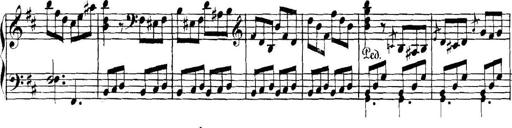
Title: Collected Piano Sonatas
Composer: Muzio Clementi